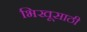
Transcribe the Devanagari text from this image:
भिखूसाठी